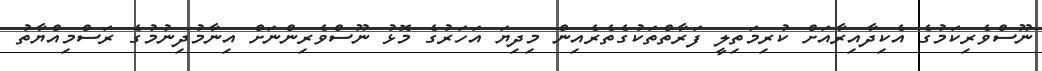
ނޫސްވެރިކަމުގެ އެކިދާއިރާއަށް ކުރިމަތިލީ ފަރާތްތަކުގެތެރެއިން މިދިޔަ އަހަރުގެ މޮޅު ނޫސްވެރިންނަށް އިނާމުދިނުމުގެ ރަސްމިއްޔާތު